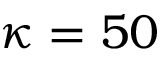
\kappa = 5 0